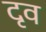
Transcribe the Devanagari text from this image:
दृव